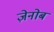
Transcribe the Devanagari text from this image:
ज़ेनोब